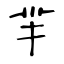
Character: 羋